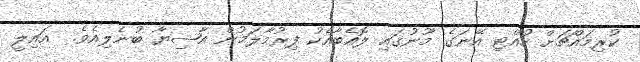
ކުރިމައްޗަށް ހުއްޓި އޭނަގެ މޫނުގައި ލޮއެބާއެކު ފިރުމާލަމުން އާޝިޔާ ބުނެލިއެވެ.  އައިލީ